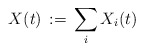
\begin{align*}X(t)\,:=\,\sum_i X_i(t)\end{align*}